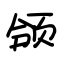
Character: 颌